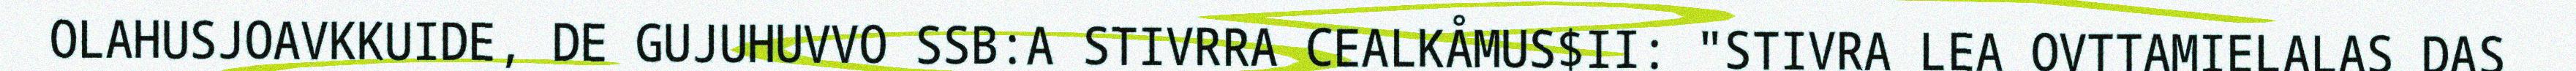
OLAHUSJOAVKKUIDE, DE GUJUHUVVO SSB:A STIVRRA CEALKÅMUS$II: "STIVRA LEA OVTTAMIELALAS DAS